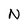
Character: N